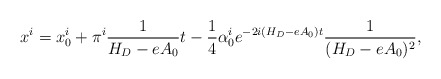
\begin{align*}x^i = x_0^i + \pi^i\frac 1{H_D - eA_0}t -\frac 14\alpha_0^i e^{-2i(H_D - eA_0)t}\frac 1{(H_D-eA_0)^2},\end{align*}